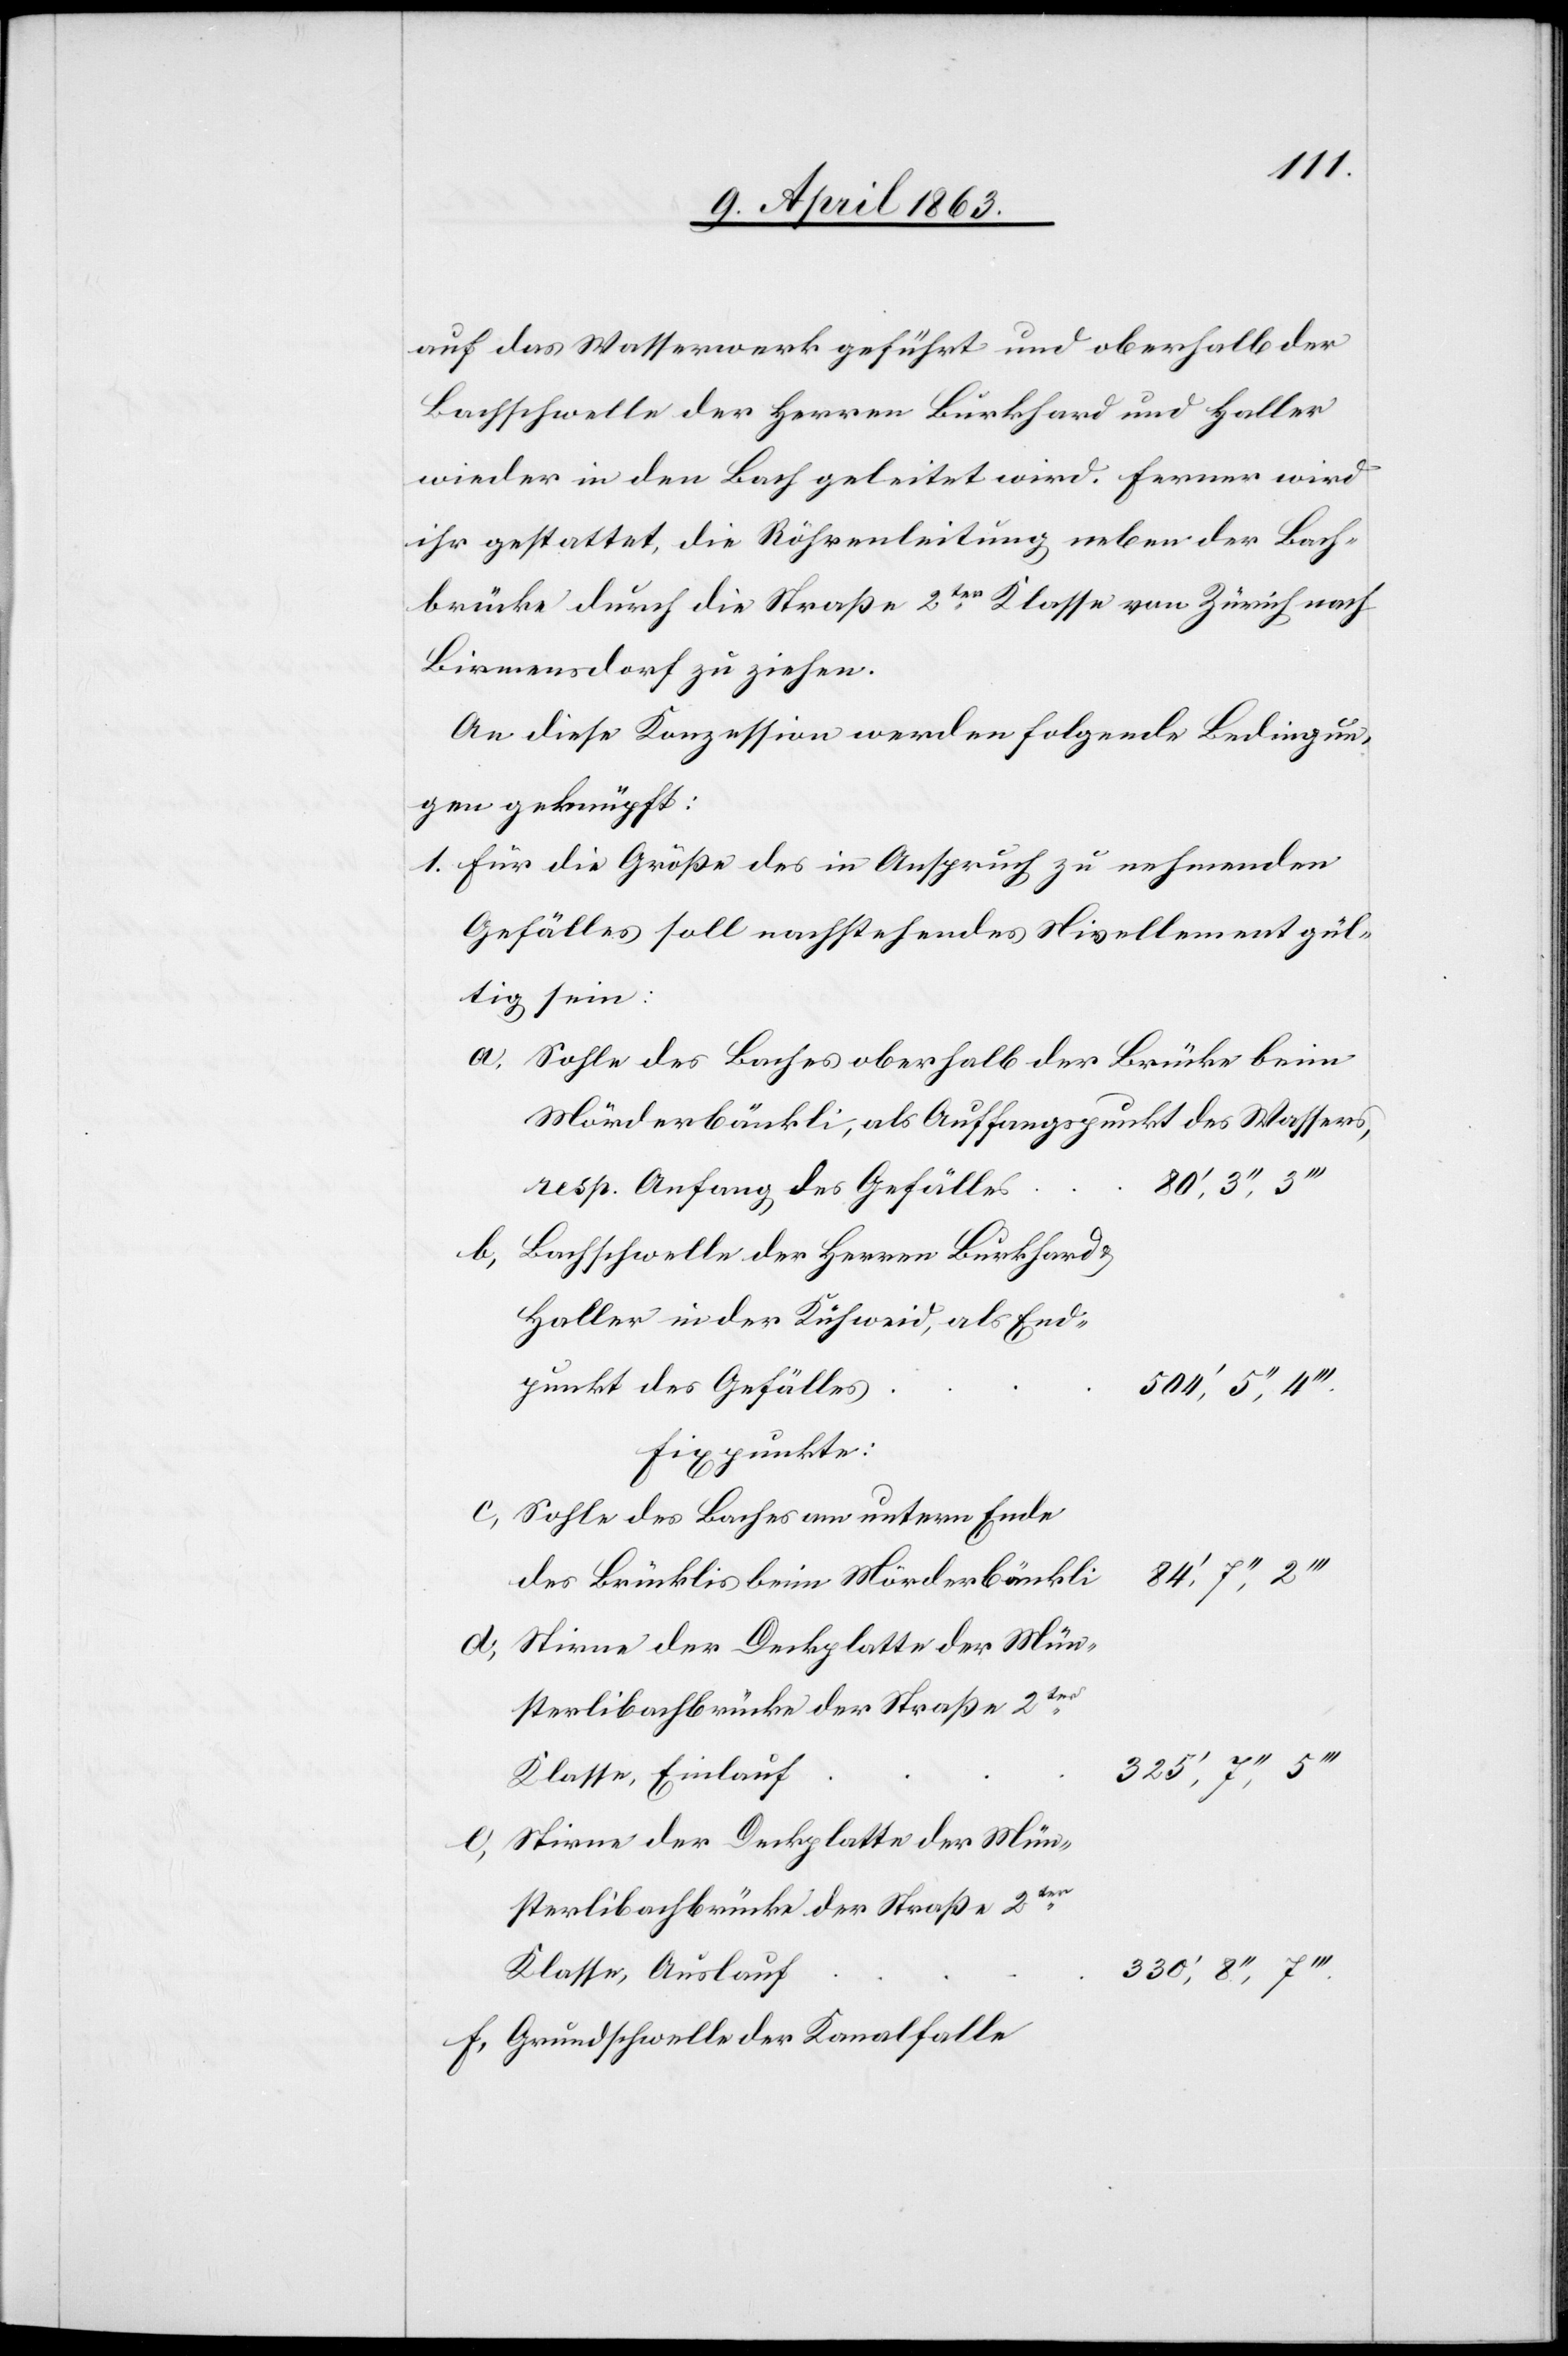
auf das Wasserwerk geführt und oberhalb der
Bachschwelle der Herren Burkhard und Haller
wieder in den Bach geleitet wird. Ferner wird
ihr gestattet, die Röhrenleitung neben der Bach¬
brücke durch die Straße 2ter Klasse von Zürich nach
Birmensdorf zu ziehen.
An diese Konzession werden folgende Bedingun¬
gen geknüpft:
1. Für die Größe des in Anspruch zu nehmenden
Gefälles soll nachstehendes Nivellement gül¬
tig sein:
Sohle des Baches oberhalb der Brücke beim
Mörderbänkli, als Auffangspunkt des Wassers,
resp. Anfang des Gefälles
Bachschwelle der Herren Burkhard
Haller in der Kühweid, als End¬
punkt des Gefälles
Fixpunkte:
Sohle des Baches am untern Ende
des Brücklis beim Mörderbänkli
Stirne der Deckplatte der Mün¬
Klasse, Einlauf
sterlibachbrücke der Straße 2ter
Klasse, Auslauf
Grundschwelle der Kanalfalle